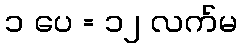
၁ ပေ = ၁၂ လက်မ